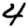
Digit: 4